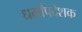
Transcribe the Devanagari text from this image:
धर्मोंपदेशक